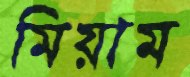
মিয়াম